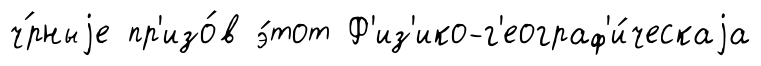
ч́рныjе пр'изо́в э́тот Ф'из'ико-г'еограф'и́ческаjа